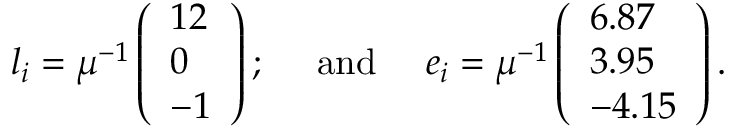
l _ { i } = \mu ^ { - 1 } \left( \begin{array} { l } { { 1 2 } } \\ { { 0 } } \\ { { - 1 } } \end{array} \right) ; ~ ~ ~ ~ \mathrm { a n d } ~ ~ ~ ~ e _ { i } = \mu ^ { - 1 } \left( \begin{array} { l } { { 6 . 8 7 } } \\ { { 3 . 9 5 } } \\ { { - 4 . 1 5 } } \end{array} \right) .